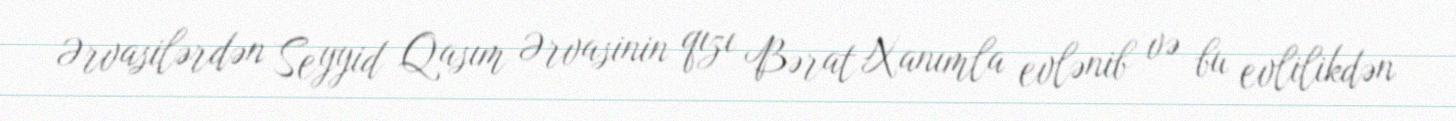
Ərvasilərdən Seyyid Qasım Ərvasinin qızı Bərat Xanımla evlənib və bu evlilikdən